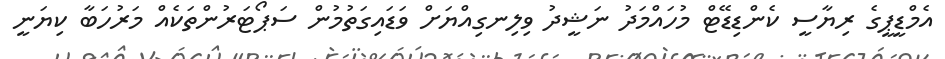
އެމްޑީޕީގެ ރިޔާސީ ކެންޑިޑޭޓް މުހައްމަދު ނަޝީދު ވިލިނގިއްޔަށް ވަޑައިގަތުމުން ސަޕޯޓަރުންތަކެއް މަރުހަބާ ކިޔަނީ